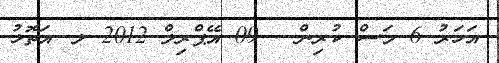
އަހަރު 6 މަސް ކުރިން - 09 އޭޕްރިލް 2012 ލ. އަތޮޅު